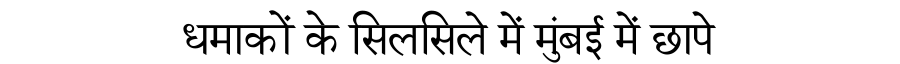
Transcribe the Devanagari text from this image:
धमाकों के सिलसिले में मुंबई में छापे